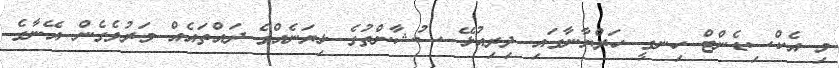
މި އެކްސިޑެންޓް ހިނގީ ހަރްޔާނާގައި ދިރިއުޅޭ ސުޝާންތުގެ ޅިޔަނެއްގެ ދައްތައެއް މަރުވެގެން އޭނާގެ